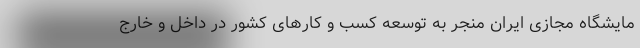
مایشگاه مجازی ایران منجر به توسعه کسب و کارهای کشور در داخل و خارج